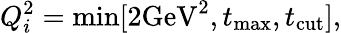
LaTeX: Q_{i}^{2}=\operatorname*{min}[2\mathrm{GeV^{2}},t_{\mathrm{max}},t_{\mathrm{cut}}],